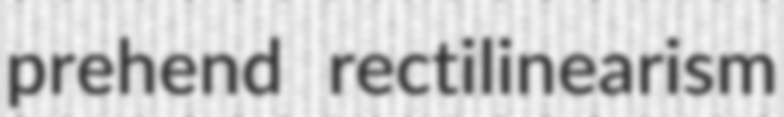
prehend rectilinearism